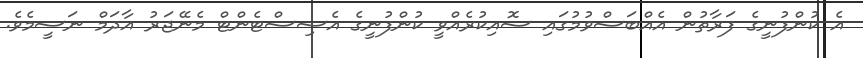
އެ ކުންފުނީގެ ފަރާތުން އެއްބަސްވުމުގައި ސޮއިކުރެއްވީ ކުންފުނީގެ އެސިސްޓެންޓް މެނޭޖަރު އާދަމް ނަސީމެވެ.